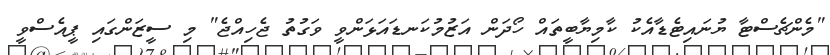
"މެންޗެސްޓާ ޔުނައިޓެޑާއެކު ކާމިޔާބީތައް ހޯދަން އަޒުމުކަނޑައަޅަންވީ ވަގުތު ޖެހިއްޖެ" މި ސީޒަންގައި ޕީއެސްވީ